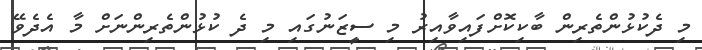
މި ދެކުޅުންތެރިން ބާކިކޮށްފައިވާއިރު މި ސީޒަނުގައި މި ދެ ކުޅުންތެރިންނަށް މާ އެދެވޭ